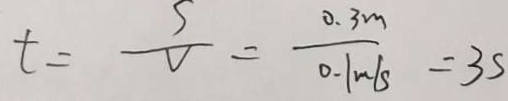
t = \frac { s } { V } = \frac { 0 . 3 m } { 0 . 1 m / s } = 3 s